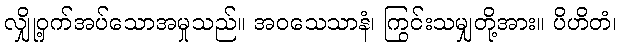
လျှို့ဝှက်အပ်သောအမှုသည်။ အဝသေသာနံ၊ ကြွင်းသမျှတို့အား။ ပိဟိတံ၊